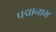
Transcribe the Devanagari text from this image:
पद्मानाभ